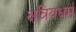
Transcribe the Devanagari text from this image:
क्षत्रियधर्म